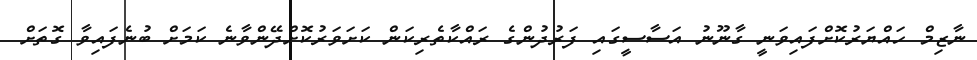
ނާޒިމް ހައްޔަރުކޮށްފައިވަނީ ގާނޫނު އަސާސީގައި ފަރުދުންގެ ރައްކާތެރިކަން ކަށަވަރުކޮށްދޭންވާނެ ކަމަށް ބުނެފައިވާ ގޮތަށް